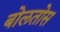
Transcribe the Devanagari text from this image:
बोलतोस